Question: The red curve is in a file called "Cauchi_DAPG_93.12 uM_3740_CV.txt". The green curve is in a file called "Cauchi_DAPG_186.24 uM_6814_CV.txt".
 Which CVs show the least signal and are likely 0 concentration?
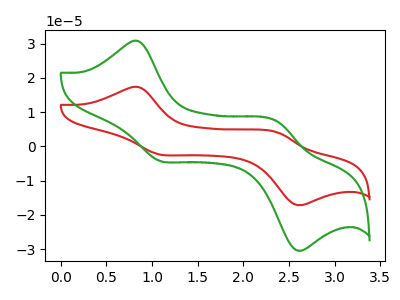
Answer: <think>The red curve "DAPG_93.12 uM" has anodic peaks at (0.85V, 17.35uA) (2.35V, 4.10uA) and cathodic peaks at (1.10V, -2.35uA) (2.60V, -17.05uA). The green curve "DAPG_186.24 uM" has anodic peaks at (0.85V, 30.75uA) (2.35V, 7.30uA) and cathodic peaks at (1.10V, -4.20uA) (2.60V, -30.25uA).</think>
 <answer>There are not any CV's on this graph that are likely to be blanks.</answer>
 <eval>none</eval>